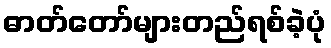
ဓာတ်တော်များတည်ရစ်ခဲ့ပုံ